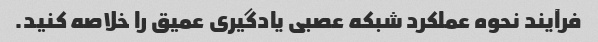
فرآیند نحوه عملکرد شبکه عصبی یادگیری عمیق را خلاصه کنید.